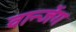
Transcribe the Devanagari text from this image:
वान्जेंग